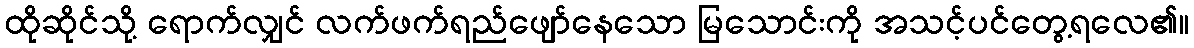
ထိုဆိုင်သို့ ရောက်လျှင် လက်ဖက်ရည်ဖျော်နေသော မြသောင်းကို အသင့်ပင်တွေ့ရလေ၏။